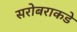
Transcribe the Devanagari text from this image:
सरोबराकडे